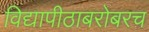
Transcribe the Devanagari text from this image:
विद्यापीठाबरोबरच